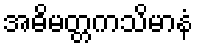
အဓိမတ္တကသိမာနံ